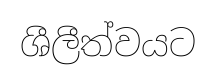
ශීලීත්වයට